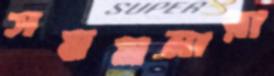
সমমনারা